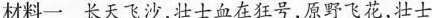
材料一 长天飞沙，壮士血在狂号，原野飞花，壮士